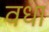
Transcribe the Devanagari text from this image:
वधा